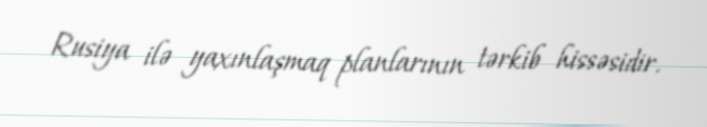
Rusiya ilə yaxınlaşmaq planlarının tərkib hissəsidir.